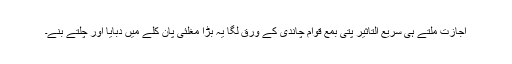
اجازت ملتے ہی سریع التاثیر پتی بمع قوام چاندی کے ورق لگا یہ بڑا مغلئی پان کلے میں دبایا اور چلتے بنے۔